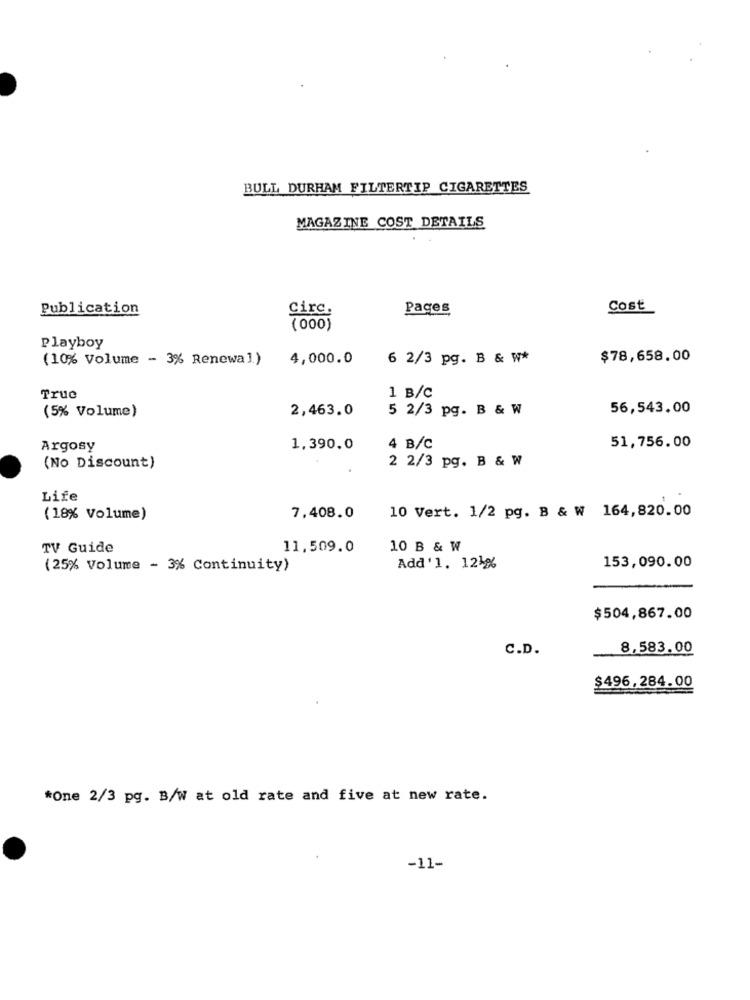
BULL DURHAM FILTERTIP CIGARETTES
MAGAZINE COST DETAILS
Publication
Circ.
Pages
Cost
(000)
Playboy
(10% Volume - 3% Renewa ))
4,000.0
6 2/3 pg. B & W*
$78,658.00
1 B/C
True
(5% Volume)
2,463.0
5 2/3 pg. B & W
56,543.00
Argosy
1,390.0
4 B/C
51,756.00
2 2/3 pg. B & W
(No Discount)
Life
10 Vert. 1/2 pg. B & W 164,820.00
(18% Volume)
7,408.0
TV Guide
11,509.0
10 B & W
(25% Volume - 3% Continuity)
Add'1. 121%
153,090.00
$504,867.00
C.D.
8,583.00
$496,284.00
*One 2/3 pg. B/W at old rate and five at new rate.
-11-